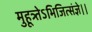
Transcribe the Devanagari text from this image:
मुहूत्र्तेऽभिजित्संज्ञे।।